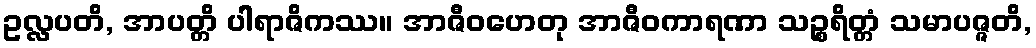
ဥလ္လပတိ, အာပတ္တိ ပါရာဇိကဿ။ အာဇီဝဟေတု အာဇီဝကာရဏာ သဉ္စရိတ္တံ သမာပဇ္ဇတိ,